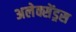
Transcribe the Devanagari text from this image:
अलेक्सेंड्रस